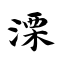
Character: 溧